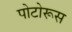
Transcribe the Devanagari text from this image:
पोटोरूस